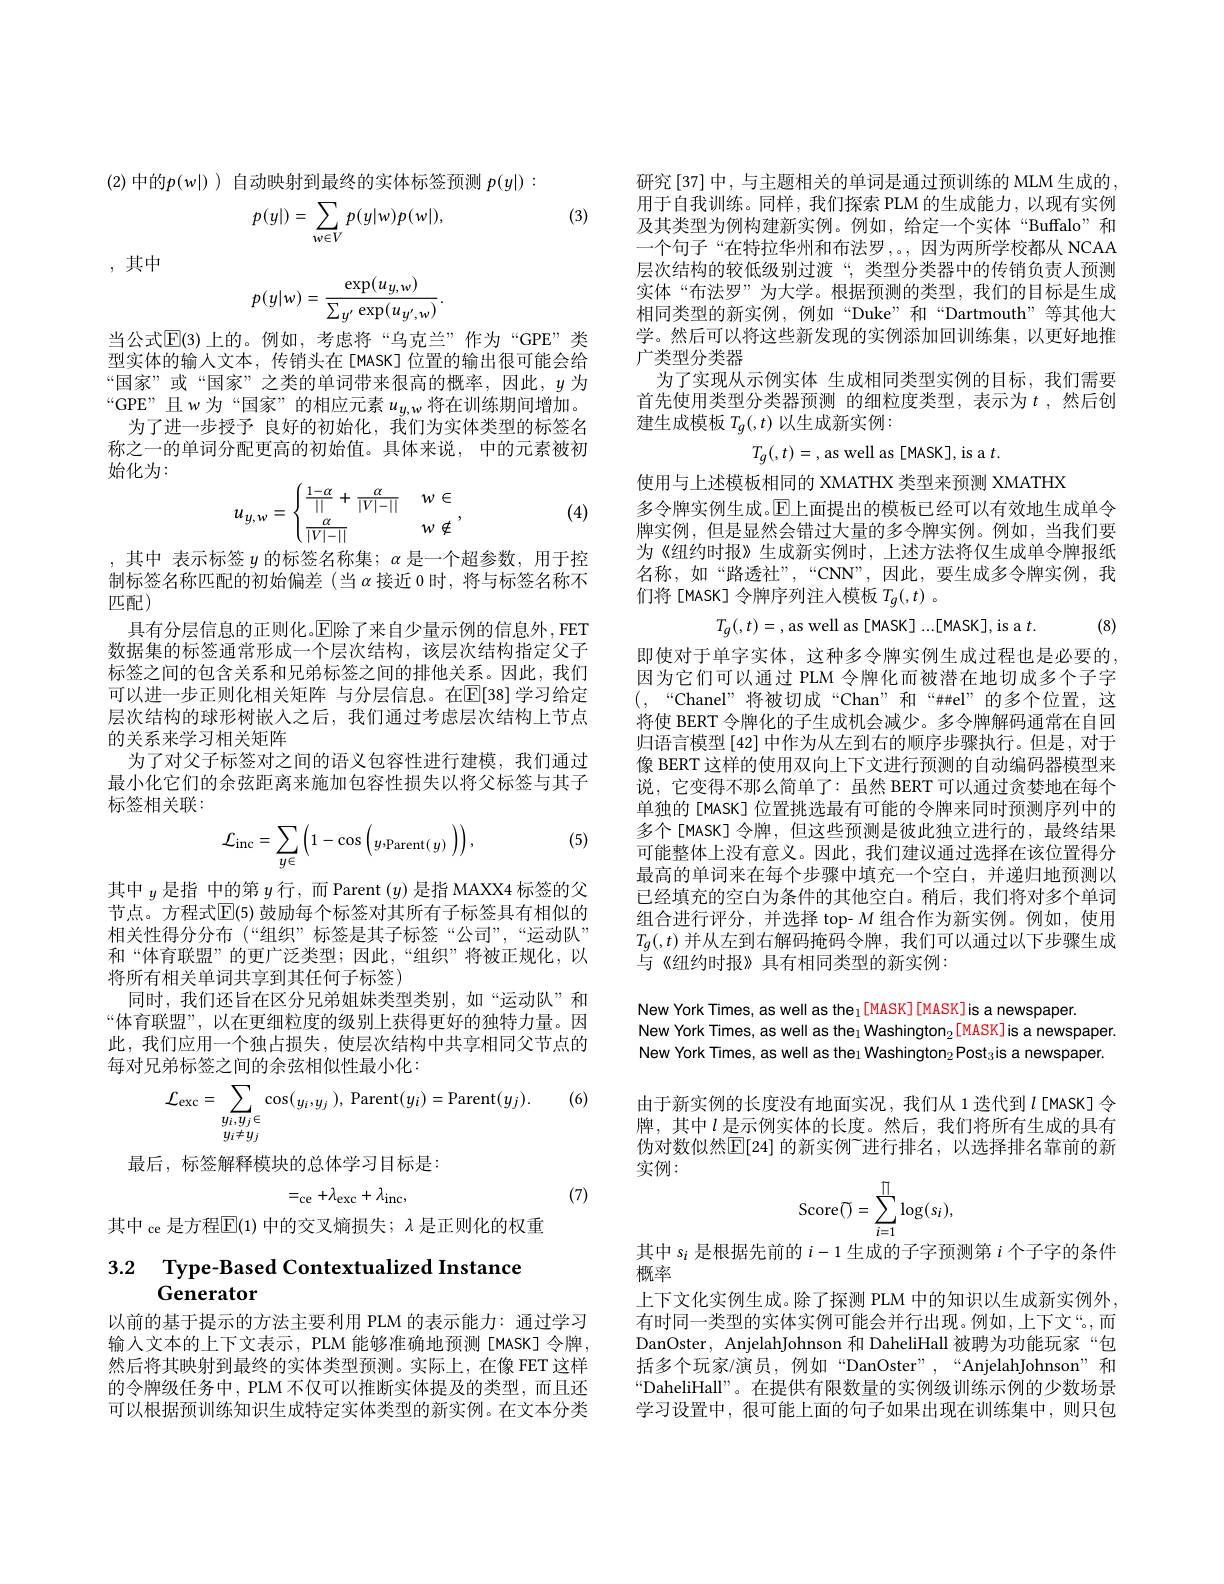
(2) 中的$p(w|)$ ) 自动映射到最终的实体标签预测 $p(y|):$

(3)
$$p(y|)=\sum_{w\in V}p(y|w)p(w|),$$
,其中
$$p(y|w)=\frac{\exp(u_{y,w})}{\sum_{y'}\exp(u_{y',w})}.$$
当公式$\overline{\mathrm{E}}(3)$ 上的。例如，考虑将“乌克兰”作为“GPE”类型实体的输入文本，传销头在[MASK]位置的输出很可能会给“国家”或“国家”之类的单词带来很高的概率，因此，$y$为“GPE”且w为“国家”的相应元素$u_{y,w}$将在训练期间增加。
为了进一步授予 良好的初始化，我们为实体类型的标签名称之一的单词分配更高的初始值。具体来说，中的元素被初始化为：
$$u_{y,w}=\begin{cases}\frac{1-\alpha}{||}+\frac{\alpha}{|V|-||}&w\in\\\frac{\alpha}{|V|-||}&w\notin\end{cases},$$
(4)

,其中 表示标签 $y$ 的标签名称集$;\alpha$ 是一个超参数，用于控制标签名称匹配的初始偏差(当$\alpha$接近 0 时，将与标签名称不匹配)
具有分层信息的正则化。$\operatorname{E}$除了来自少量示例的信息外，FET 数据集的标签通常形成一个层次结构，该层次结构指定父子标签之间的包含关系和兄弟标签之间的排他关系。因此，我们可以进一步正则化相关矩阵 与分层信息。在E[ 38] 学习给定层次结构的球形树嵌入之后，我们通过考虑层次结构上节点的关系来学习相关矩阵
为了对父子标签对之间的语义包容性进行建模，我们通过最小化它们的余弦距离来施加包容性损失以将父标签与其子标签相关联：

(5)
$$\mathcal{L}_{\mathrm{inc}}=\sum_{y\in}\left(1-\cos\left(y\text{Parent}(y)\:\right)\right),$$
其中$y$是指 中的第$y$行，而 Parent $(y)$是指 MAXX4 标签的父节点。方程式$\mathbb{E}(5)$ 鼓励每个标签对其所有子标签具有相似的相关性得分分布(“组织”标签是其子标签“公司”,“运动队” 和“体育联盟”的更广泛类型；因此，“组织”将被正规化，以将所有相关单词共享到其任何子标签)
同时，我们还旨在区分兄弟姐妹类型类别，如“运动队”和“体育联盟”,以在更细粒度的级别上获得更好的独特力量。因此，我们应用一个独占损失，使层次结构中共享相同父节点的每对兄弟标签之间的余弦相似性最小化：
$$\mathcal{L}_{\mathrm{exc}}=\sum_{\begin{array}{c}y_{i},y_{j}\in\\y_{i}\neq y_{j}\end{array}}\cos(y_{i},y_{j}),\:\mathrm{Parent}(y_{i})=\mathrm{Parent}(y_{j}).$$
(6)

最后，标签解释模块的总体学习目标是：

(7)
$$=_{\mathrm{ce}}+\lambda_{\mathrm{exc}}+\lambda_{\mathrm{inc}},$$
其中 ce 是方程$\mathbb{E}(1)$ 中的交叉熵损失；$\lambda$ 是正则化的权重

# 3.2 $\textbf{Type- Based Contextualized Instance}$

以前的基于提示的方法主要利用 PLM 的表示能力：通过学习输人文本的上下文表示，PLM 能够准确地预测[MASK]令牌， 然后将其映射到最终的实体类型预测。实际上，在像 FET 这样的令牌级任务中，PLM 不仅可以推断实体提及的类型，而且还可以根据预训练知识生成特定实体类型的新实例。在文本分类

研究 [37] 中，与主题相关的单词是通过预训练的 MLM 生成的用于自我训练。同样，我们探索 PLM 的生成能力，以现有实例及其类型为例构建新实例。例如，给定一个实体“Buffalo”和一个句子“在特拉华州和布法罗，。,因为两所学校都从 NCAA 层次结构的较低级别过渡“,类型分类器中的传销负责人预测实体“布法罗”为大学。根据预测的类型，我们的目标是生成相同类型的新实例，例如“Duke”和“Dartmouth”等其他大学。然后可以将这些新发现的实例添加回训练集，以更好地推广类型分类器

为了实现从示例实体 生成相同类型实例的目标，我们需要首先使用类型分类器预测 的细粒度类型，表示为$t$ ,然后创建生成模板$T_g(,t)$以生成新实例：

$T_{g}(,t)=$,as well as[MASK], is a $t.$

使用与上述模板相同的 XMATHX 类型来预测 XMATHX
多令牌实例生成。$\operatorname{E}$上面提出的模板已经可以有效地生成单令牌实例，但是显然会错过大量的多令牌实例。例如，当我们要为《纽约时报》生成新实例时，上述方法将仅生成单令牌报纸名称，如“路透社”,“CNN”,因此，要生成多令牌实例，我们将[MASK]令牌序列注入模板$T_g(,t)$ 。
$$T_{g}(,t)=\text{,as well as [MASK]...[MASK],is a }t.$$
(8)

即使对于单字实体，这种多令牌实例生成过程也是必要的， 因为它们可以通过 PLM 令牌化而被潜在地切成多个子字$(,“$Chanel”将被切成“Chan”和“##el”的多个位置，这将使 BERT 令牌化的子生成机会减少。多令牌解码通常在自回归语言模型[42]中作为从左到右的顺序步骤执行。但是，对于像 BERT 这样的使用双向上下文进行预测的自动编码器模型来说，它变得不那么简单了：虽然 BERT 可以通过贪婪地在每个单独的[MASK] 位置挑选最有可能的令牌来同时预测序列中的多个[MASK]令牌，但这些预测是彼此独立进行的，最终结果可能整体上没有意义。因此，我们建议通过选择在该位置得分最高的单词来在每个步骤中填充一个空白，并递归地预测以已经填充的空白为条件的其他空白。稍后，我们将对多个单词组合进行评分，并选择 top- $M$组合作为新实例。例如，使用$T_g(,t)$并从左到右解码掩码令牌，我们可以通过以下步骤生成与《纽约时报》具有相同类型的新实例：

New York Times, as well as the$_1$[MASK][MASK]is a newspaper.
New York Times, as well as the$_1\text{Washington}_2$[MASK]is a newspaper. New York Times, as well as the1 Washington$_2$Post$_3$is a newspaper.

由于新实例的长度没有地面实况，我们从 1 迭代到$l$ [MASK]令牌，其中$l\underline{\text{是示例实体的长度。然后，我们将所有生成的具有}}$ 伪对数似然$\mathbb{E}[24]$ 的新实例~进行排名，以选择排名靠前的新实例：
$$\mathrm{Score}(\tilde{)}=\sum_{i=1}^{\Pi}\log(s_{i}),$$
其中$s_i$是根据先前的$i-1$生成的子字预测第$i$个子字的条件
概率
上下文化实例生成。除了探测 PLM 中的知识以生成新实例外， 有时同一类型的实体实例可能会并行出现。例如，上下文“。而DanOster, AnjelahJohnson 和 DaheliHall 被聘为功能玩家“包括多个玩家/演员，例如“DanOster”,“AnjelahJohnson”和“DaheliHall”。在提供有限数量的实例级训练示例的少数场景学习设置中，很可能上面的句子如果出现在训练集中，则只包